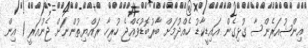
އިންޝުއަރެންސާ ގުޅިގެން އައިޑީކާޑު ހެއްދުމަށް ބާރުބޮޑުވެއްޖެ ހުރިހާ ރައްޔިތުންނަށް ޖެނުއަރީ 1 އިން